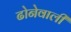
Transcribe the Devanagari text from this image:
ढोनेवाली